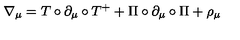
\nabla _ { \mu } = T \circ \partial _ { \mu } \circ T ^ { + } + \Pi \circ \partial _ { \mu } \circ \Pi + \rho _ { \mu }